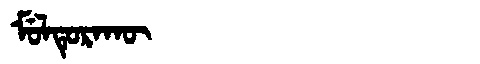
Manchu: ᠮᡠᠯᡨᡠᡵᠠᡴᡡ
Romanization: MULTURAKŪ